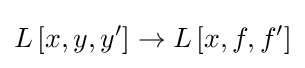
L\left[x,y,y'\right]\to L\left[x,f,f'\right]